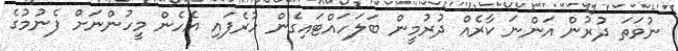
ނުވަތަ ދުރުން އަންނަ ކާރެއް ދުރުމީން ބަލަހައްޓައިގެން ހުރެފައި އެހެން މީހުންނަށް ފެނުމުގެ